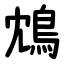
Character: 鴆